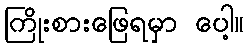
ကြိုးစားဖြေရမှာ ပေါ့။